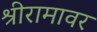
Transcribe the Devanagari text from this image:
श्रीरामावर